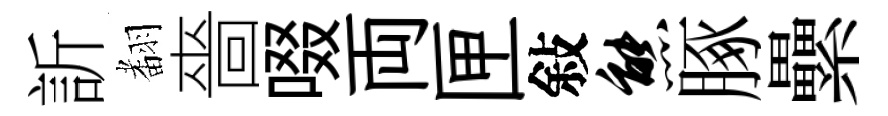
訢𮋒嗇啜両匣敍熊䐁纍